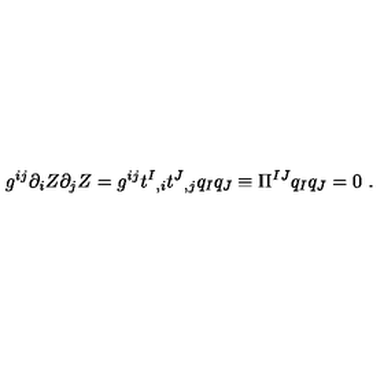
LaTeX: g ^ { i j } \partial _ { i } Z \partial _ { j } Z = g ^ { i j } t ^ { I } { } _ { , i } t ^ { J } { } _ { , j } q _ { I } q _ { J } \equiv \Pi ^ { I J } q _ { I } q _ { J } = 0 \ .